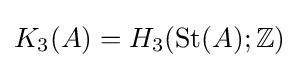
{K_{3}}(A)={H_{3}}(\operatorname {St} (A);\mathbb {Z} )